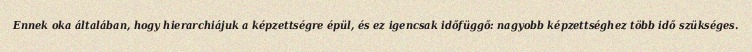
Ennek oka általában, hogy hierarchiájuk a képzettségre épül, és ez igencsak időfüggő: nagyobb képzettséghez több idő szükséges.